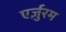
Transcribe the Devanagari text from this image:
एर्ज़ुरम